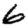
Digit: 6